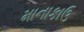
માનાકાઉ